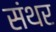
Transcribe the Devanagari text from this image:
संथर